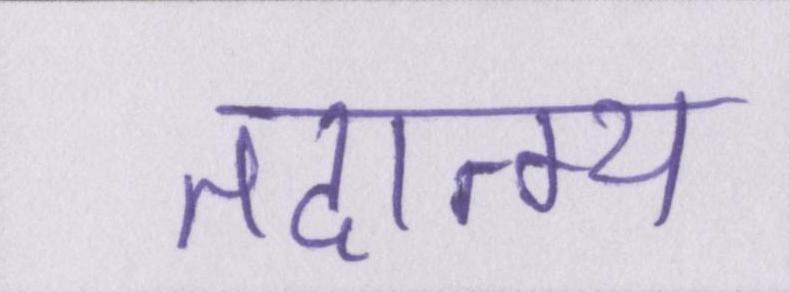
तदात्म्य